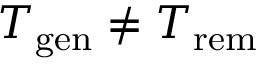
T _ { \mathrm { g e n } } \ne T _ { \mathrm { r e m } }